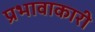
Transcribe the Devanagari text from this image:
प्रभावाकारी